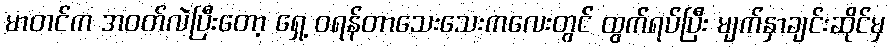
မာတင်က အဝတ်လဲပြီးတော့ ရှေ့ ဝရန်တာသေးသေးကလေးတွင် ထွက်ရပ်ပြီး မျက်နှာချင်းဆိုင်မှ